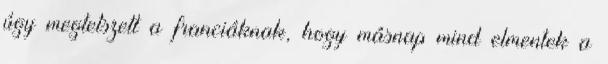
úgy megtetszett a franciáknak, hogy másnap mind elmentek a